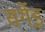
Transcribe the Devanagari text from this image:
सर्गेइ